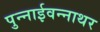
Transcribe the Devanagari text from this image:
पुन्नाईवन्नाथर